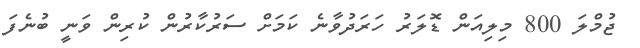
ޖުމްލަ 800 މިލިއަން ޑޮލަރު ހަރަދުވާނެ ކަމަށް ސަރުކާރުން ކުރިން ވަނީ ބުނެފަ